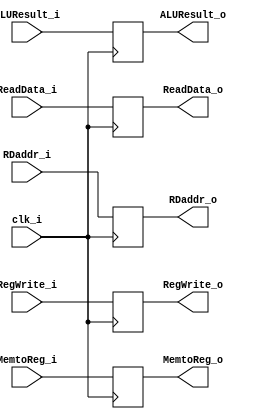
module MEMWB (
	clk_i,
	RegWrite_i,
    MemtoReg_i,
    ALUResult_i,
    ReadData_i,
    RDaddr_i,
    RegWrite_o,
    MemtoReg_o,
    ALUResult_o,
    ReadData_o,
    RDaddr_o
);

input						clk_i;
input						RegWrite_i, MemtoReg_i;
input	signed	[31:0]		ALUResult_i, ReadData_i;
input			[4:0]		RDaddr_i;

output						RegWrite_o, MemtoReg_o;
output	signed	[31:0]		ALUResult_o, ReadData_o;
output			[4:0]		RDaddr_o;

reg 						RegWrite_o, MemtoReg_o;
reg 	signed	[31:0]		ALUResult_o, ReadData_o;
reg 			[4:0]		RDaddr_o;

always @(posedge clk_i) begin
	RegWrite_o <= RegWrite_i;
	MemtoReg_o <= MemtoReg_i;
	ALUResult_o <= ALUResult_i;
	ReadData_o <= ReadData_i;
	RDaddr_o <= RDaddr_i;
end
endmodule